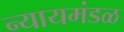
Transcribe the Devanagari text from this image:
न्यायमंडळ